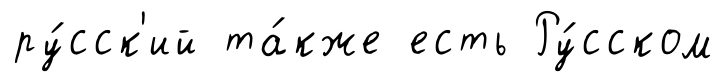
ру́сск'ий та́кже есть Ру́сском